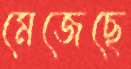
মেজেছে